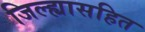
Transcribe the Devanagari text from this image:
जिल्ह्यासहित